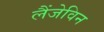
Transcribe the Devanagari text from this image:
लैंजेविन